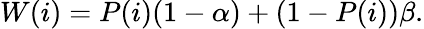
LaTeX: W(i)=P(i)(1-\alpha)+(1-P(i))\beta.